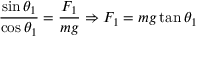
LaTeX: { \frac { \sin \theta _ { 1 } } { \cos \theta _ { 1 } } } = { \frac { F _ { 1 } } { m g } } \Rightarrow F _ { 1 } = m g \tan \theta _ { 1 }